Scottish Certificate of Education, 1963
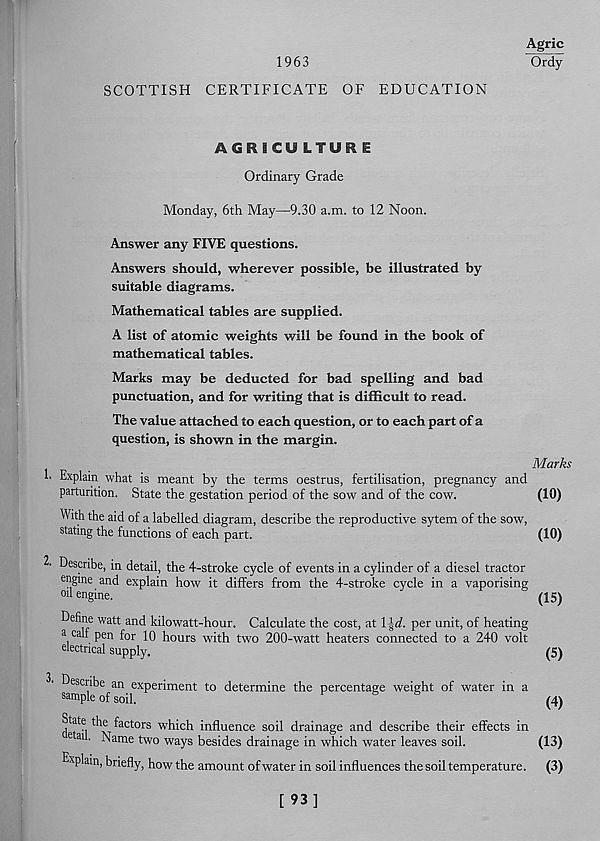
1963
SCOTTISH CERTIFICATE OF EDUCATION
Agric
“oSy
AGRICULTURE
Ordinary Grade
Monday, 6th May—9.30 a.m. to 12 Noon.
Answer any FIVE questions.
Answers should, wherever possible, be illustrated by
suitable diagrams.
Mathematical tables are supplied.
A list of atomic weights will be found in the book of
mathematical tables.
Marks may be deducted for bad spelling and bad
punctuation, and for writing that is difficult to read.
The value attached to each question, or to each part of a
question, is shown in the margin.
!• Explain what is meant by the terms oestrus, fertilisation, pregnancy and
parturition. State the gestation period of the sow and of the cow.
With the aid of a labelled diagram, describe the reproductive sytem of the sow,
stating the functions of each part.
2. Describe, in detail, the 4-stroke cycle of events in a cylinder of a diesel tractor
engine and explain how it differs from the 4-stroke cycle in a vaporising
oil engine.
Define watt and kilowatt-hour. Calculate the cost, at \\d. per unit, of heating
a calf pen for 10 hours with two 200-watt heaters connected to a 240 volt
electrical supply,
2' Describe an experiment to determine the percentage weight of water in a
sample of soil.
f
6
s
dTn th v ^a ctors which influence soil drainage and describe their effects in
ai ■ Name two ways besides drainage in which water leaves soil.
Explain, briefly, how the amount of water in soil influences the soil temperature.
Marks
(10)
(10)
(15)
(5)
(4)
(13)
(3)
[ 93]